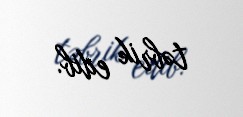
təbrik edib.